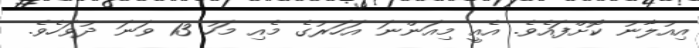
އިއުލާނު ކޮށްފައެވެ. އެއީ މިއަންނަ އަހަރުގެ މެއި މަހު 13 ވަނަ ދުވަހެވެ.